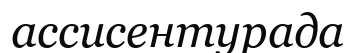
ассисентурада